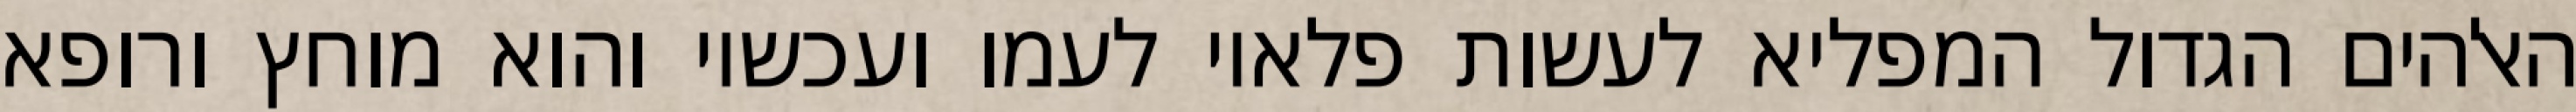
האלהים הגדול המפליא לעשות פלאיו לעמו ועכשיו והוא מוחץ ורופא